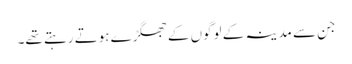
جن سے مدینہ کے لوگوں کے جھگڑے ہوتے رہتے تھے۔